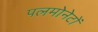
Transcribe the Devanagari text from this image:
पलमोनेटों